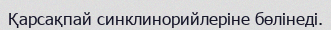
Қарсақпай синклинорийлеріне бөлінеді.